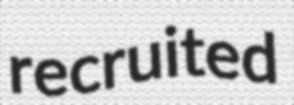
recruited